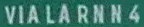
VIA LARN4